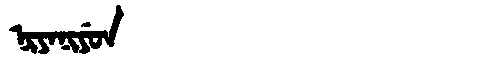
Manchu: ᠨᡳᠶᠠᠨᡳᠶᡠᠨ
Romanization: NIYANIYUN